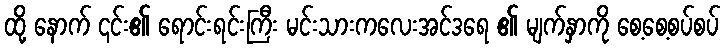
ထို့ နောက် ၎င်း၏ ရောင်းရင်းကြီး မင်းသားကလေးအင်ဒရေ ၏ မျက်နှာကို စေ့စေ့စပ်စပ်